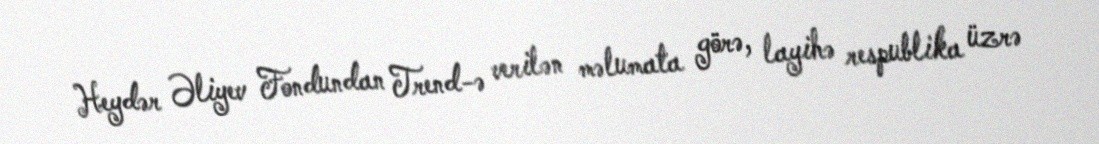
Heydər Əliyev Fondundan Trend-ə verilən məlumata görə, layihə respublika üzrə